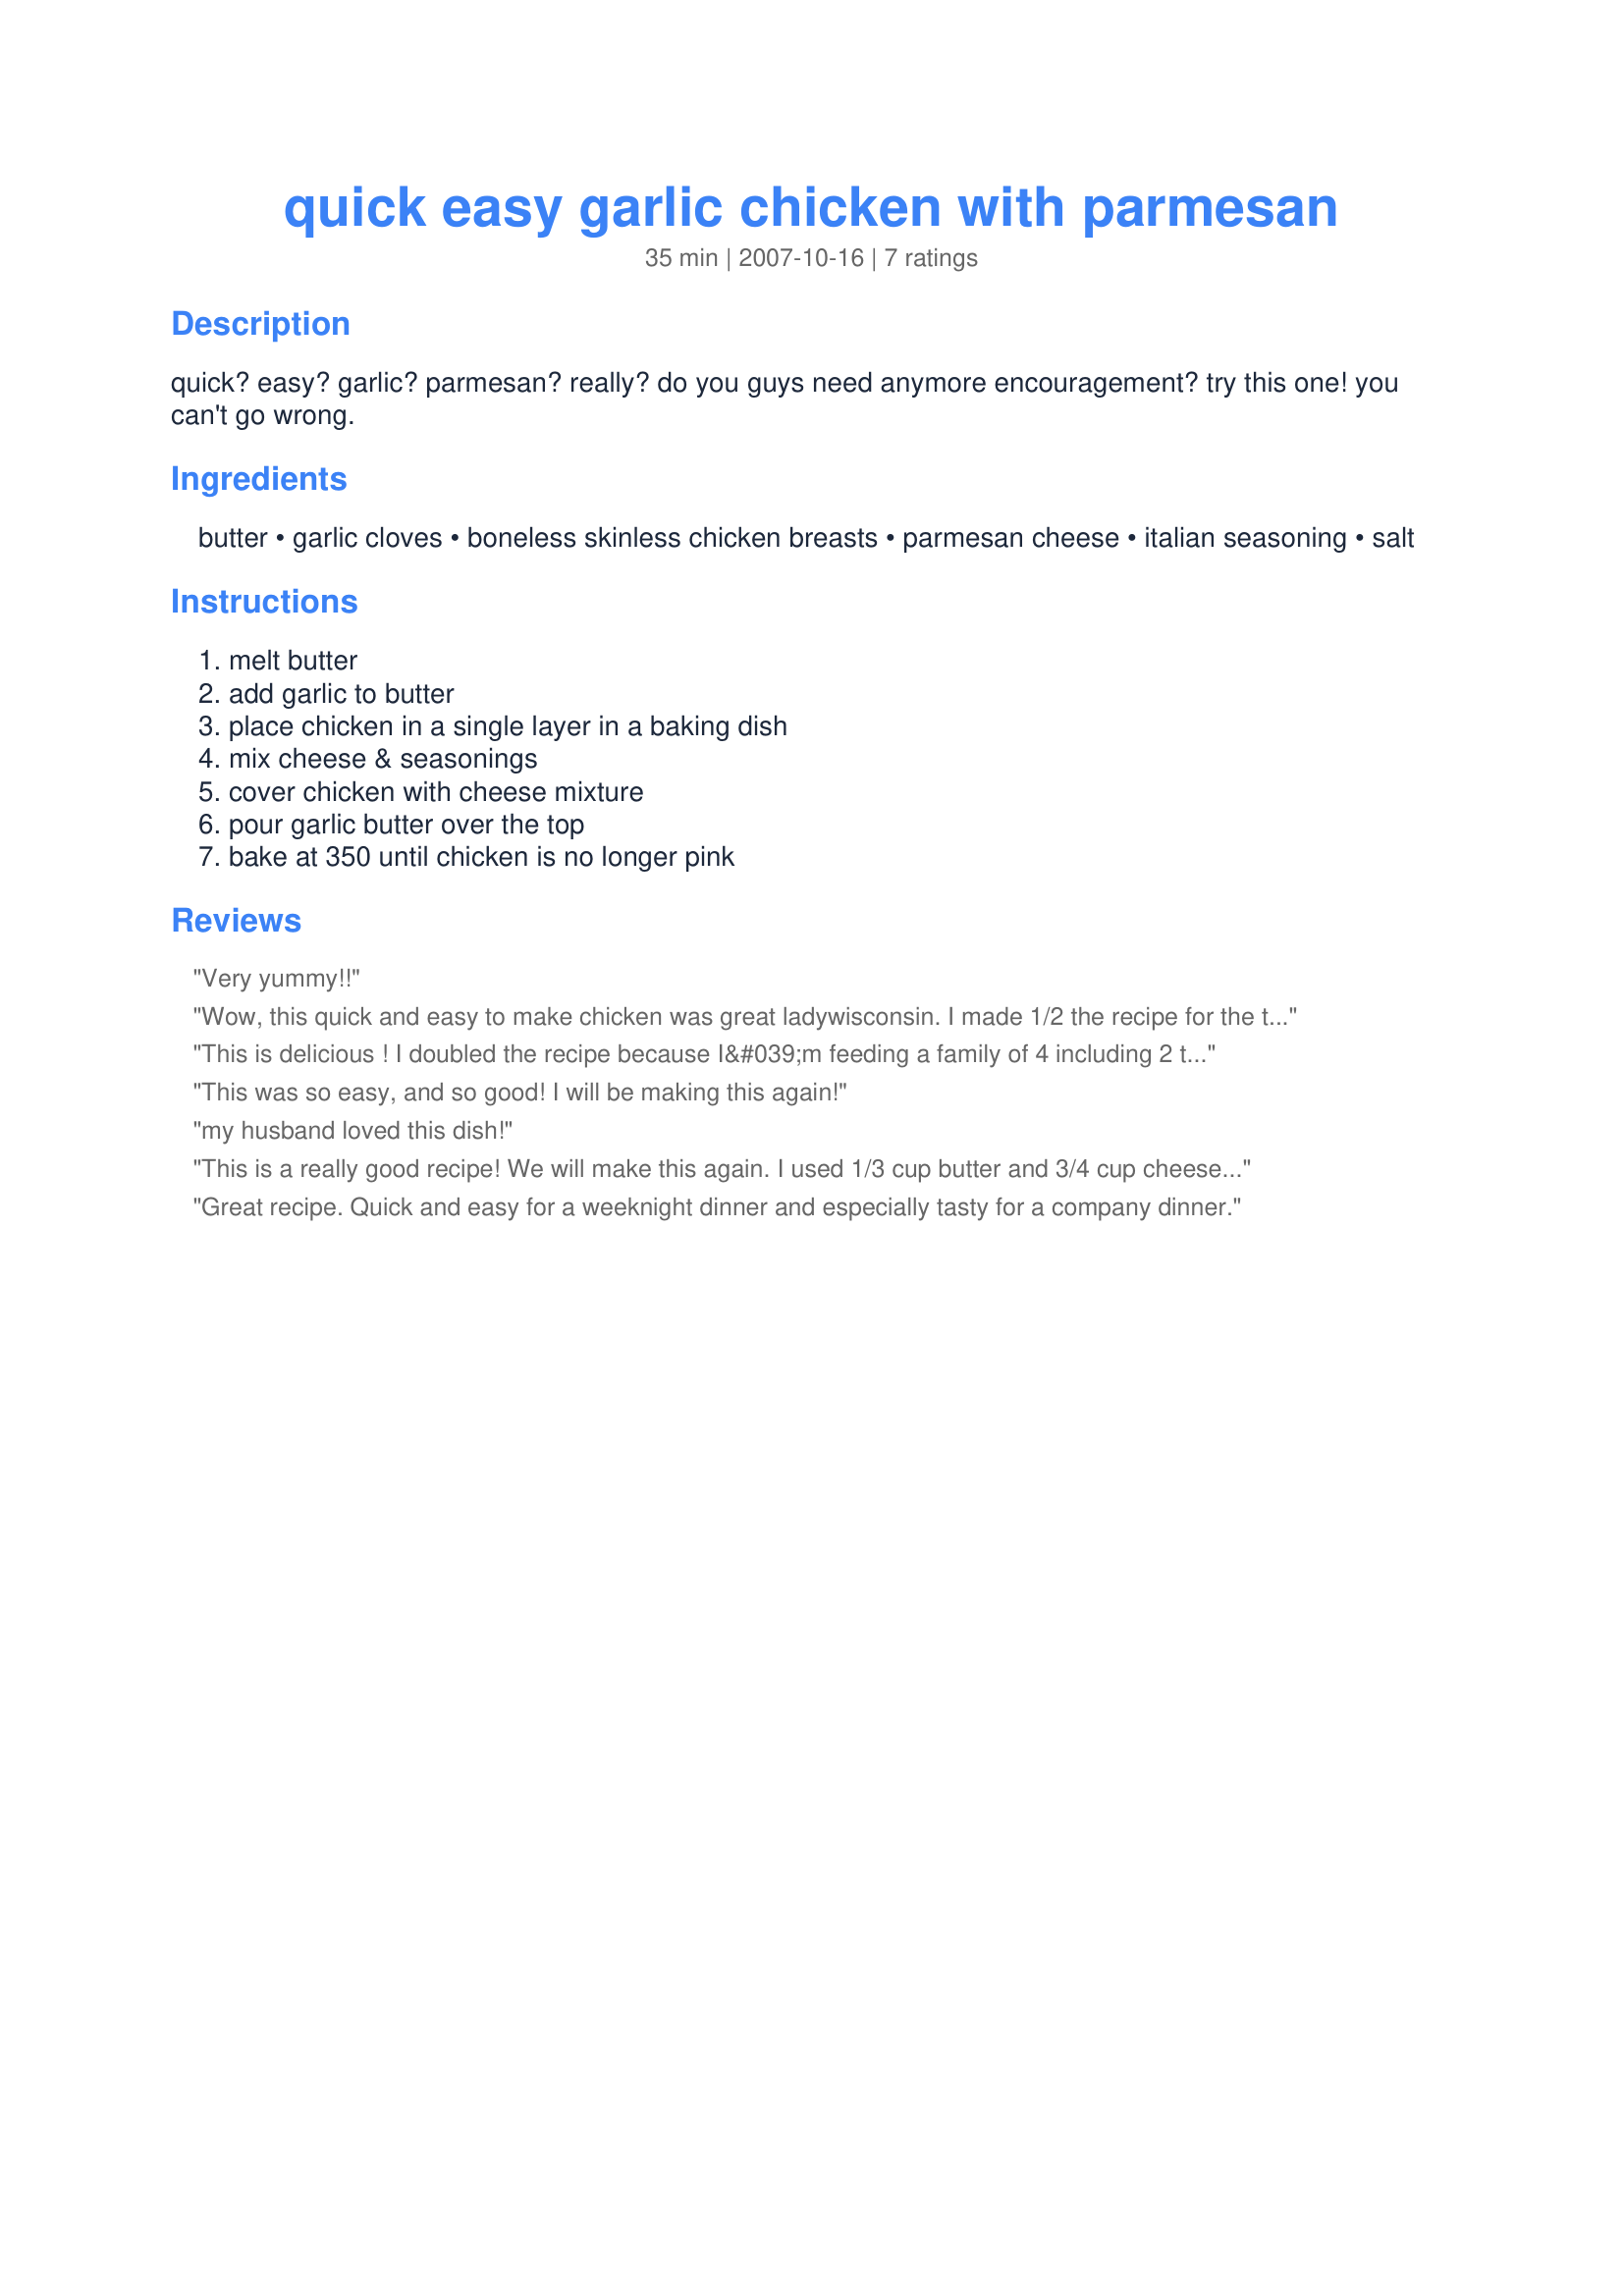
quick easy garlic chicken with parmesan
Preparation time: 35 minutes

quick? easy? garlic? parmesan?

really? do you guys need anymore encouragement? try this one! you can't go wrong.

Ingredients:
butter, garlic cloves, boneless skinless chicken breasts, parmesan cheese, italian seasoning, salt

Steps:
melt butter, add garlic to butter, place chicken in a single layer in a baking dish, mix cheese & seasonings, cover chicken with cheese mixture, pour garlic butter over the top, bake at 350 until chicken is no longer pink

Reviews:
Very yummy!!
Wow, this quick and easy to make chicken was great ladywisconsin. I made 1/2 the recipe for the two of us. What a wonderful flavor. I served the chicken and a little of the butter herb sauce on top of noodles and garnished with some sliced green onions for a meal in one. This dish tasted as great as it smelled while baking. Thank you so much for sharing, you were a great Pac baby.
This is delicious ! I doubled the recipe because I&#039;m feeding a family of 4 including 2 teenage boys a a big hungry fireman. I also used boneless skinless chicken thighs and they turned out great. Will definitely make this again and a bonus is the house smells terrific !
This was so easy, and so good! I will be making this again!
my husband loved this dish!
This is a really good recipe! We will make this again. I used 1/3 cup butter and 3/4 cup cheese. It was wonderful!
Great recipe. Quick and easy for a weeknight dinner and especially tasty for a company dinner.
